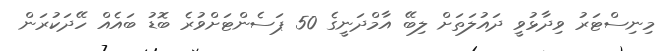
މިނިސްޓަރު ވިދާޅުވީ ދައުލަތަށް ލިބޭ އާމްދަނީގެ 50 ޕަސެންޓަށްވުރެ ބޮޑު ބައެއް ހޭދަކުރަން